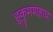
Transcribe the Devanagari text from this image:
हुकुमशहाचा